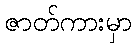
ဇာတ်ကားမှာ